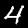
Label: 4